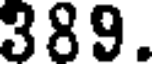
389.